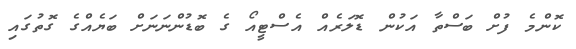
ކޮންމެ ފުށް ބަސްތާ އަކުން ޑޮލަރެއް އެސްޓީއޯ ގެ ބޮޑުންނަނަށް ބަޔެއްގެ ގޮތުގައި